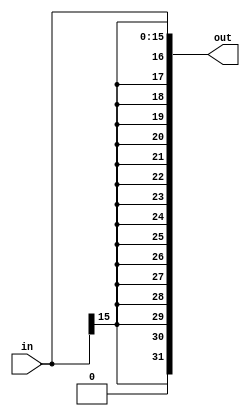
/* 
 * Implementation of sign extender.
 */


module sign_extender_mips (in, out);

parameter in_bits  = 15;
parameter out_bits = 31;

input [in_bits : 0] in;
output wire [out_bits : 0] out;


reg [out_bits : 0] out_reg;


assign out = out_reg;

/* 
 * @* means that changing of any signal, which is inside the "always" block,
 * leads to repeat the "always" block.
 * This way we can implement combinational logick.
 */
always @*
begin
	out_reg = {out_bits{in[in_bits]}};
	out_reg[in_bits : 0] = in;
end

endmodule